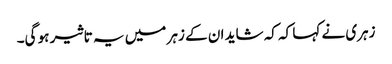
زہری نے کہا کہ کہ شاید ان کے زہر میں یہ تاثیر ہو گی۔